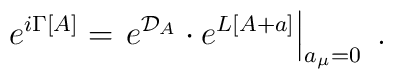
e^{i\Gamma[A]} = \left. e^{{\cal D}_A} \cdot e^{L[A+a]} \right\vert_{a_{\mu}=0} \; .